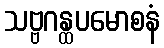
သဗ္ဗဂန္ထပမောစနံ